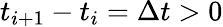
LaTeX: t_{i+1}-t_{i}=\Delta t>0